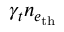
\gamma _ { t } n _ { e _ { \mathrm { t h } } }